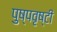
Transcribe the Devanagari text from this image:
पुष्पवृष्टी